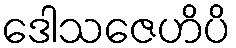
ဒေါသဇေဟိပိ